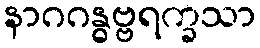
နာဂဂန္ဓဗ္ဗရက္ခသာ